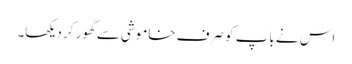
اس نے باپ کو صرف خاموشی سے گھور کر دیکھا۔